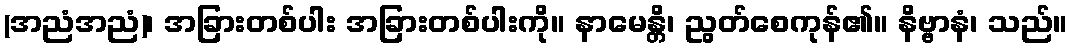
(အညံအညံ)၊ အခြားတစ်ပါး အခြားတစ်ပါးကို။ နာမေန္တိ၊ ညွတ်စေကုန်၏။ နိဗ္ဗာနံ၊ သည်။